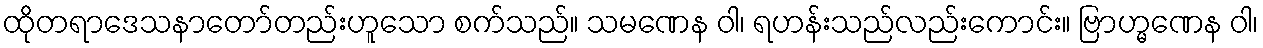
ထိုတရာဒေသနာတော်တည်းဟူသော စက်သည်။ သမဏေန ဝါ၊ ရဟန်းသည်လည်းကောင်း။ ဗြာဟ္မဏေန ဝါ၊